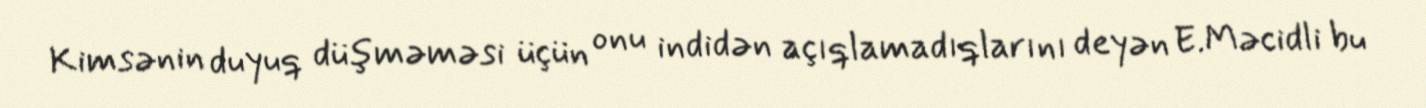
Kimsənin duyuq düşməməsi üçün onu indidən açıqlamadıqlarını deyən E.Məcidli bu